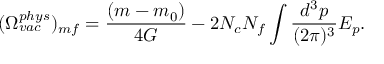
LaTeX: ( \Omega _ { v a c } ^ { p h y s } ) _ { m f } = \frac { ( m - m _ { 0 } ) } { 4 G } - 2 N _ { c } N _ { f } \int \frac { d ^ { 3 } p } { ( 2 \pi ) ^ { 3 } } E _ { p } .